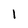
Character: l